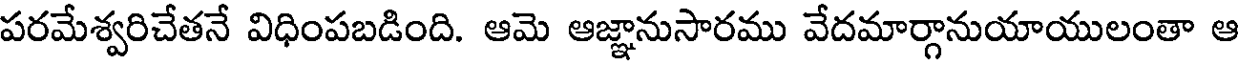
పరమేశ్వరిచేతనే విధింపబడింది. ఆమె ఆజ్ఞానుసారము వేదమార్గానుయాయులంతా ఆ